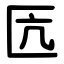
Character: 匟